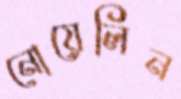
নোয়েলিন